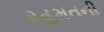
રહમતની